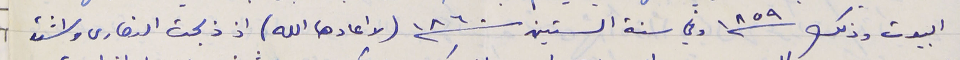
البيوت وذلك سنة ١٨٥٩ وفي سنة الستين سنة ١٨٦٠ (لا اعادها الله) اذ ذبحت النصارى واشتد